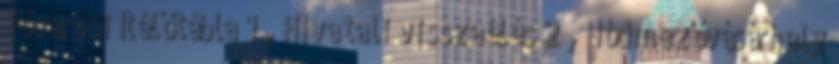
Fővárosi Ítélőtábla 1 , Hivatali visszaélés 2 , Hódmezővásárhely